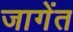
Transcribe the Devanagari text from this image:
जागेंत